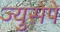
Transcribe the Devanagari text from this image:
ज्युसेपे